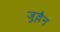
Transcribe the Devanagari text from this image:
जुल्लैन